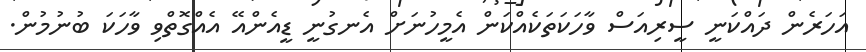
އަހަރެން ދައްކަނީ ސީރިއަސް ވާހަކަތަކެއްކަން އެމީހުނަށް އެނގުނީ ޑީއެންއޭ އެއްގޮތްވި ވާހަކަ ބުނުމުން.